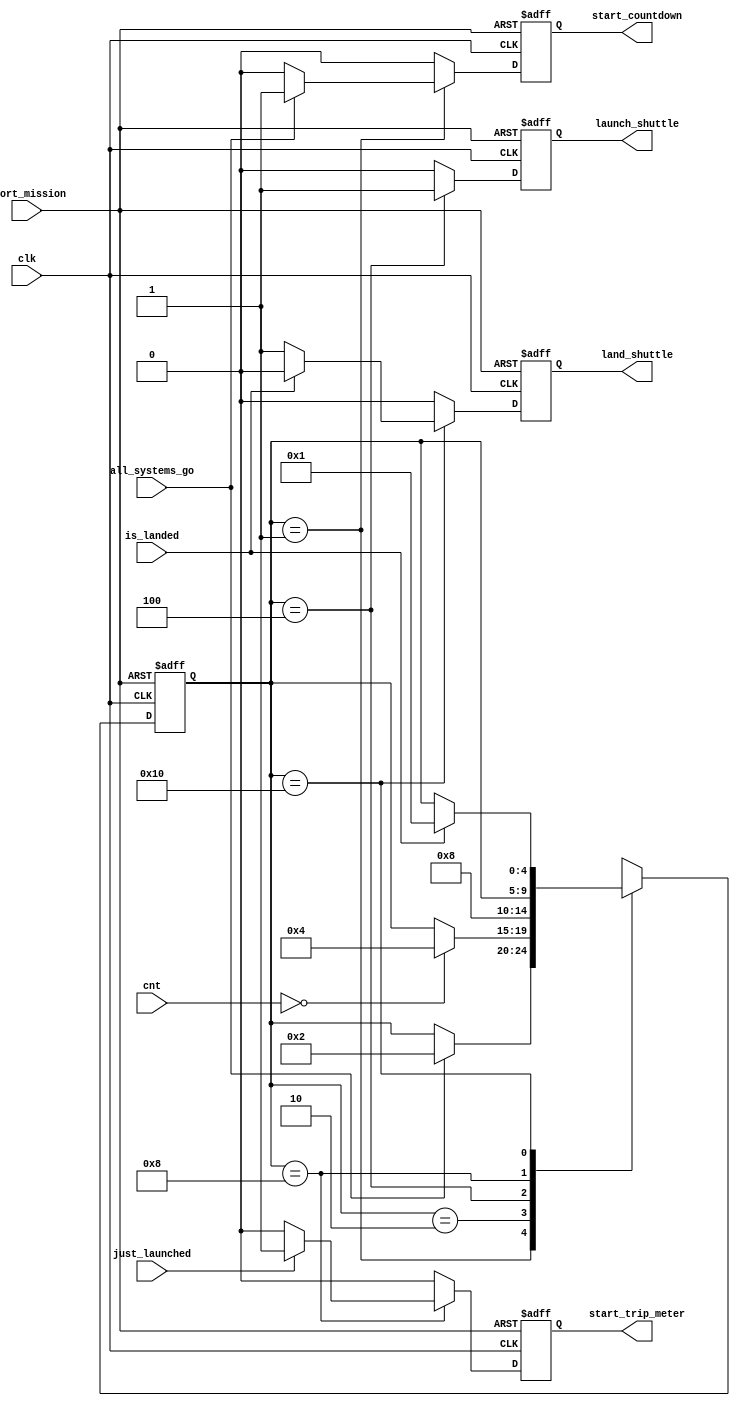

// [1] 
module  statmch1( launch_shuttle, land_shuttle, start_countdown, 
 start_trip_meter, clk, all_systems_go,  
just_launched, is_landed, cnt, abort_mission); 
output   launch_shuttle, land_shuttle, start_countdown, 
start_trip_meter; 
input     clk, just_launched, is_landed, abort_mission, 
 all_systems_go; 
input  [3:0]  cnt; 
reg      launch_shuttle, land_shuttle, start_countdown, 
          start_trip_meter; 
// 
parameter  HOLD=5'h1, SEQUENCE=5'h2, LAUNCH=5'h4; 
parameter  ON_MISSION=5'h8, LAND=5'h10;
reg   [4:0]  present_state,  next_state;
 
always @(negedge clk or posedge abort_mission) 
begin 
/****,case 
           *******/
{launch_shuttle, land_shuttle, start_trip_meter, start_countdown} =4'b0; 
/*resetabort_mission*/ 
if(abort_mission) 
next_state=LAND; 
else  
begin   // if-else-begin 
/*reset,next_statepresent_state*/ 
next_state = present_state; 
/* present_state , next_state 
output*/ 
case ( present_state ) 
HOLD: if(all_systems_go)

begin 
next_state = SEQUENCE; 
start_countdown = 1; 
end 
SEQUENCE: if(cnt==0) 
next_state = LAUNCH; 
 
LAUNCH: 
begin 
next_state = ON_MISSION; 
launch_shuttle = 1; 
end 
ON_MISSION:
// 
if(just_launched) 
start_trip_meter = 1; 
LAND: if(is_landed) 
next_state = HOLD; 
else land_shuttle = 1; 
/*'bx() 
*/ 
default:  next_state = 'bx; 
endcase 
end  // end of if-else 
 
/* 
*/ 
present_state = next_state; 
end  //end of always 
endmodule